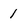
Character: 1